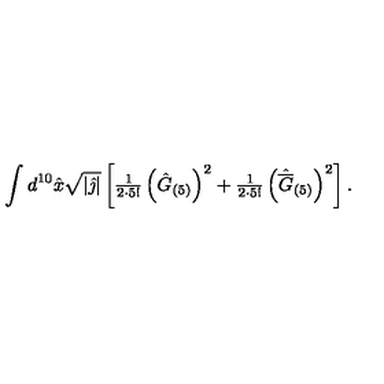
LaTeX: \int d ^ { 1 0 } \hat { x } \sqrt { | \hat { \jmath } | } \left[ { \textstyle \frac { 1 } { 2 \cdot 5 ! } } \left( \hat { G } _ { ( 5 ) } \right) ^ { 2 } + { \textstyle \frac { 1 } { 2 \cdot 5 ! } } \left( \hat { \overline { { G } } } _ { ( 5 ) } \right) ^ { 2 } \right] .